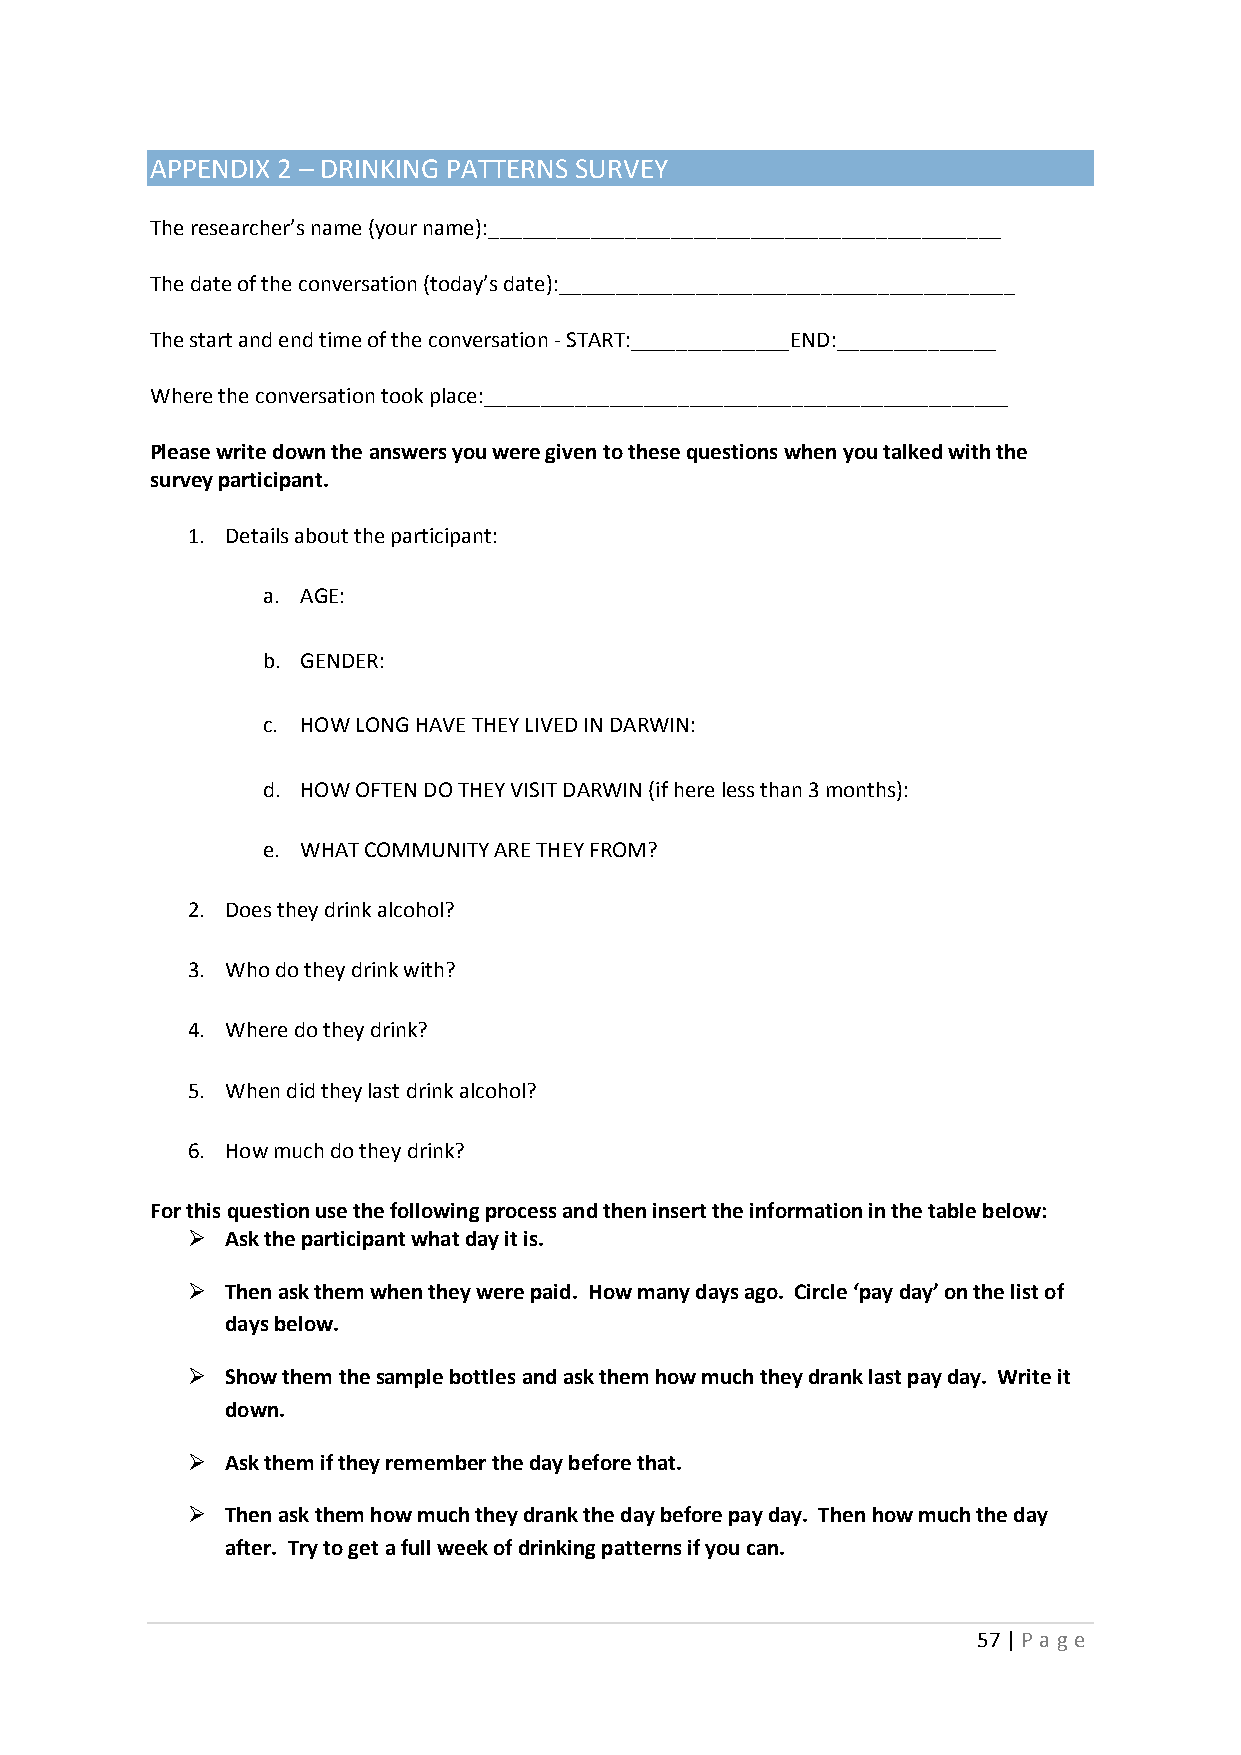
APPENDIX 2 – DRINKING PATTERNS SURVEY
 The researcher’s name (your name):_____________________________________________
 The date of the conversation (today’s date):________________________________________
 The start and end time of the conversation - START:______________END:______________
 Where the conversation took place:______________________________________________
 Please write down the answers you were given to these questions when you talked with the
 survey participant.
 1. Details about the participant:
 a. AGE:
 b. GENDER:
 c. HOW LONG HAVE THEY LIVED IN DARWIN:
 d. HOW OFTEN DO THEY VISIT DARWIN (if here less than 3 months):
 e. WHAT COMMUNITY ARE THEY FROM?
 2. Does they drink alcohol?
 3. Who do they drink with?
 4. Where do they drink?
 5. When did they last drink alcohol?
 6. How much do they drink?
 For this question use the following process and then insert the information in the table below:
   Ask the participant what day it is.
   Then ask them when they were paid. How many days ago. Circle ‘pay day’ on the list of
 days below.
   Show them the sample bottles and ask them how much they drank last pay day. Write it
 down.
   Ask them if they remember the day before that.
   Then ask them how much they drank the day before pay day. Then how much the day
 after. Try to get a full week of drinking patterns if you can.
 57 | P age